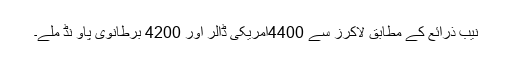
نیب ذرائع کے مطابق لاکرز سے 4400امریکی ڈالر اور 4200 برطانوی پاو نڈ ملے۔